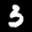
Label: 3